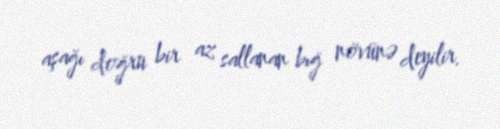
aşağı doğru bir az sallanan bığ növünə deyilir.